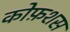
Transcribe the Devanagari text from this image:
कोफ़शस